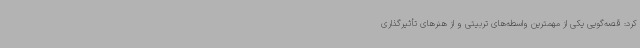
کرد: قصه‌گویی یکی از مهمترین واسطه‌های تربیتی و از هنرهای تأثیرگذاری